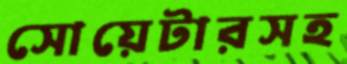
সোয়েটারসহ